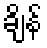
ချိန်